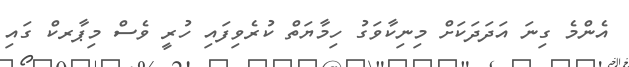
އެންމެ ގިނަ އަދަދަކަށް މިނިކާވަގު ހިމާޔަތް ކުރެވިފައި ހުރީ ވެސް މިޕާރކް ގައި